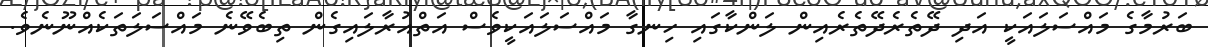
ބަރުމާގެ މައްސަލައަކީ އަދި ދޭތެރެދޭތެރެއިން ލަންކާގައި ހިނގާ މައްސަލައަކީވެސް އަތްއުރާލައިގެން ތިބެވޭނެ މައްސަލަތަކެއްނޫނެވެ.